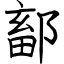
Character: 鄐